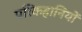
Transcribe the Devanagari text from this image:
परिकहानियों